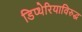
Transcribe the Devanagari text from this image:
डिप्थेरियाविरुद्ध